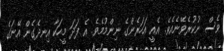
ވެސް ނުކުރެވޭނެއެވެ. އެއީ އަހަރެންގެ ނިންމުމެވެ. އެ ފަދަ މީހަކާ އިނދެގެން އޭނަގެ